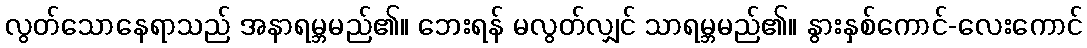
လွတ်သောနေရာသည် အနာရမ္ဘမည်၏။ ဘေးရန် မလွတ်လျှင် သာရမ္ဘမည်၏။ နွားနှစ်ကောင်-လေးကောင်